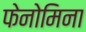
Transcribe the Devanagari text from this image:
फेनोमिना